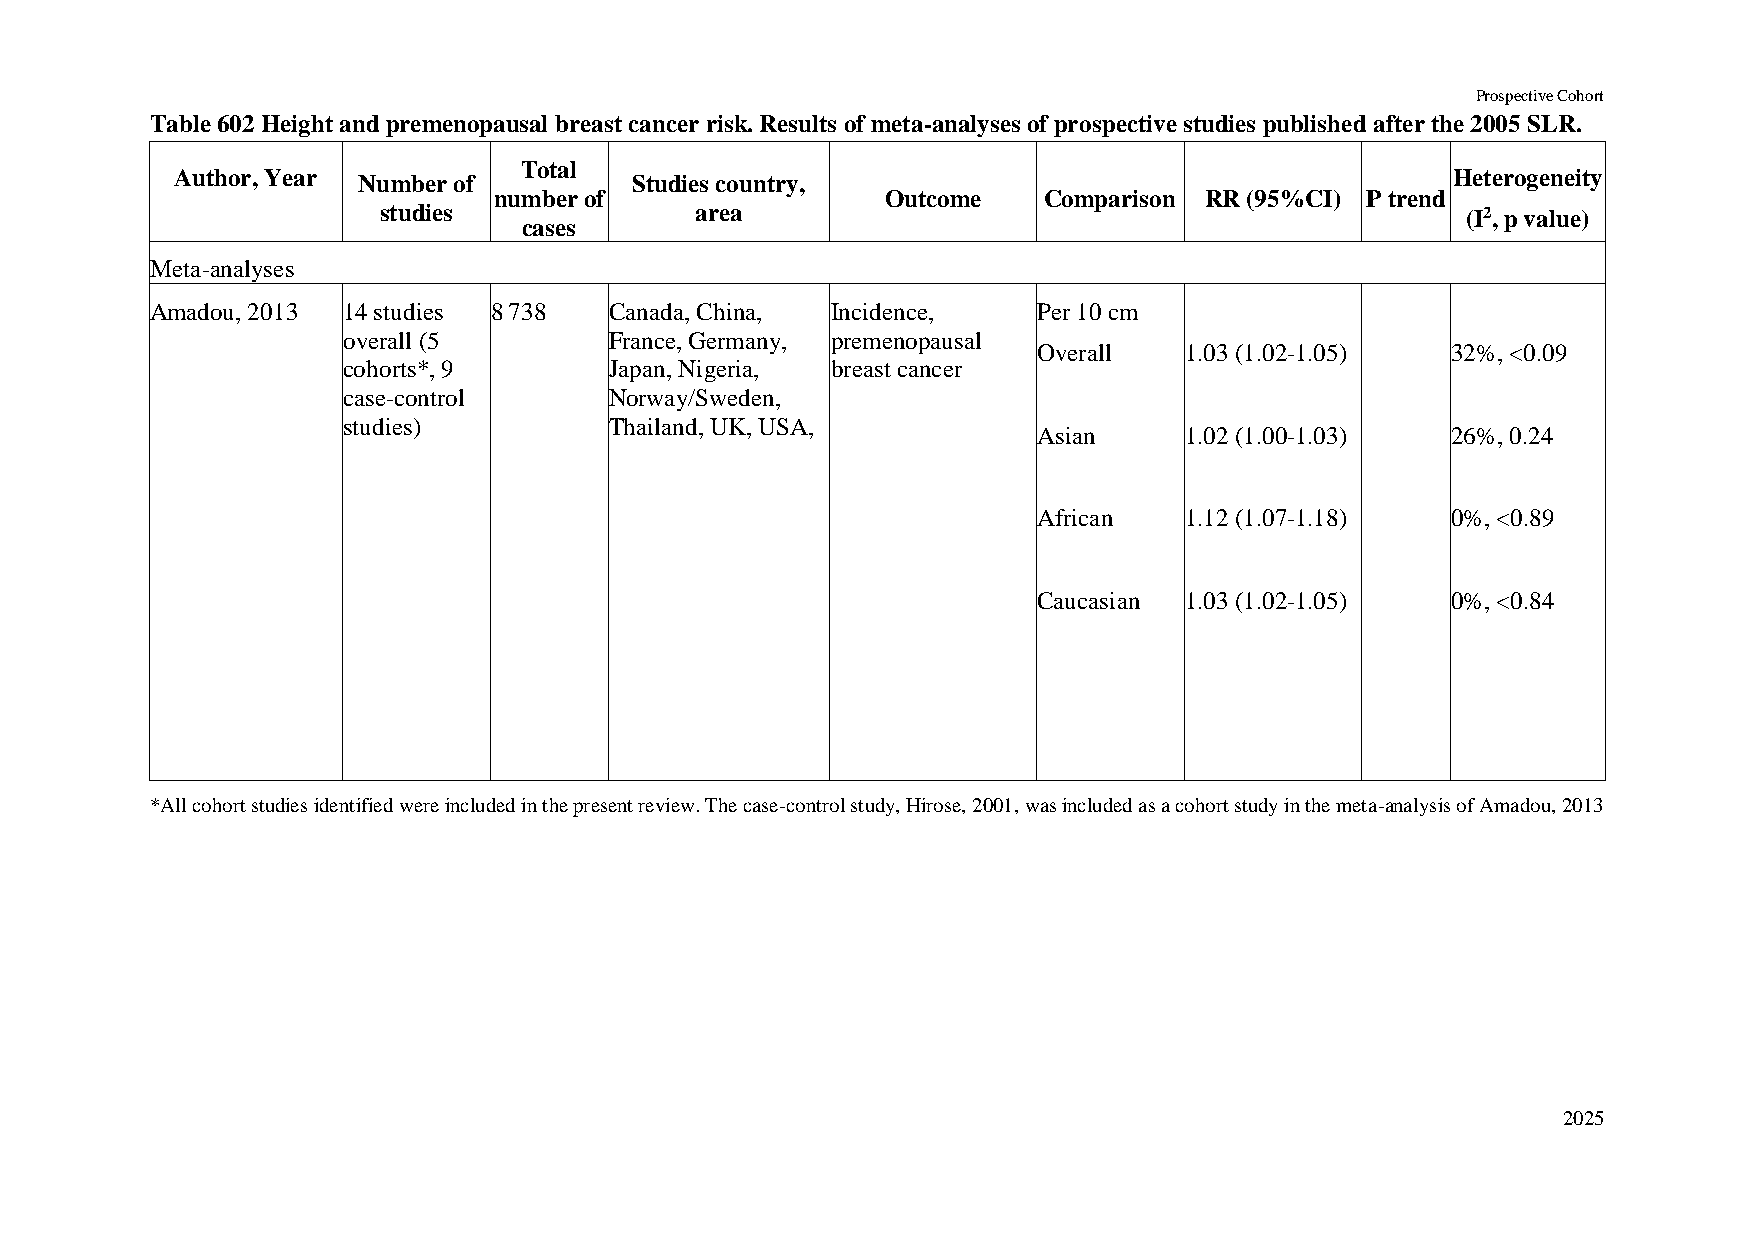
Prospective Cohort
 Table 602 Height and premenopausal breast cancer risk. Results of meta-analyses of prospective studies published after the 2005 SLR.
 Total
 Author, Year Number of        Studies country,                                      Heterogeneity
 number of                 Outcome   Comparison RR (95%CI) P trend
 studies              area                                               (I2, p value)
 cases
 Meta-analyses
 Amadou, 2013 14 studies 8 738 Canada, China, Incidence,    Per 10 cm
 overall (5       France, Germany, premenopausal
 Overall  1.03 (1.02-1.05)  32%, <0.09
 cohorts*, 9      Japan, Nigeria, breast cancer
 case-control     Norway/Sweden,
 studies)         Thailand, UK, USA,
 Asian    1.02 (1.00-1.03)  26%, 0.24
 African  1.12 (1.07-1.18)  0%, <0.89
 Caucasian 1.03 (1.02-1.05) 0%, <0.84
 *All cohort studies identified were included in the present review. The case-control study, Hirose, 2001, was included as a cohort study in the meta-analysis of Amadou, 2013
 2025